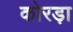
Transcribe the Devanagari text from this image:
कोरड़ा